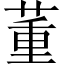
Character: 董